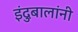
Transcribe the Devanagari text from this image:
इंदुबालांनी